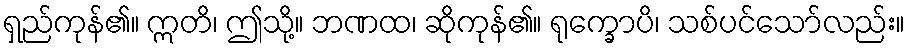
ရှည်ကုန်၏။ ဣတိ၊ ဤသို့။ ဘဏထ၊ ဆိုကုန်၏။ ရုက္ခောပိ၊ သစ်ပင်သော်လည်း။